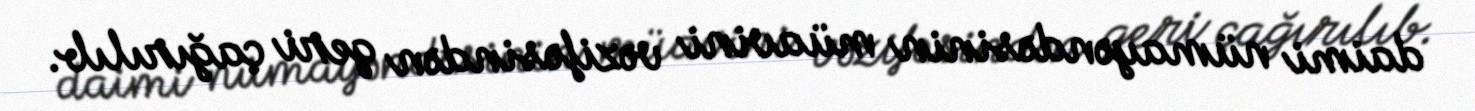
daimi nümayəndəsinin müavini vəzifəsindən geri çağırılıb.